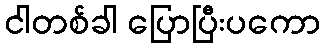
ငါတစ်ခါ ပြောပြီးပကော